Lunatic asylums Madras 1892-1911 - 1892-1911
Year: 1892
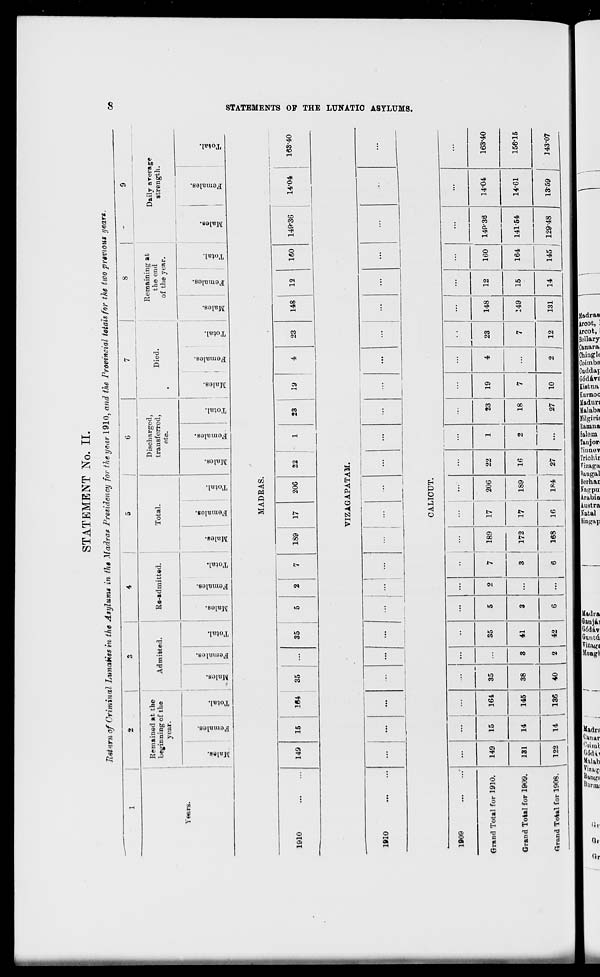
STATEMENT No. II.
Ti«t>irn of Criminal Lunatics in the Asylums in thm Madras Presidency for the year 1910, and the Provincial totals for the two previous years.
1-1
2
3
4
5
i
7
|
8
-
9
Remained at the
Discharged,
Remaining at
Daily areragt
strength.
beginning of the
Admitted.
Re-admitted.
Total.
transferred,
Died.
the end
Years.
year.
etc.
•
of the year.
00
»
OB
M
DO
•
os
IB
e
o
O
O
CD
©
©
O
so
s
DC
"3
DO
a
cS
•
OS
"d
09
"3
•
m
c3
K
c3
"3 -*•
o
CD
53
©
g
o
"^
■g
45
©
0
fe
EH
©
(0
fe
CO
o
En
o
"3 u-l
3
s
©
fe-
es
o
©
■a
S
©
fe
c3
O
o
is
3
©
fe
C3
c
EH
-5
s
MADRAS.
1910
149
15
164
35
35
189
17
20G
22
23
19
23
148
12
160
149*36
14-04
163-40
00
1-3
e
H
GG
o
a
VIZAGAPATAM.
1610
►
(-3
GO
Cl
CD
CALICUT.
1909
'
...
...
...
35
...
••
...
...
••
...
...
...
...
...
...
23
...
...
...
14P-36
141-54
129-48
...
...
Grand Total for 1910.
149
15
164
3
35
5
2
7
189
17
20G
22
1
2
23
19
4
148
12
160
14"04
14-61
163-40
Grand Total for 1909.
131
14
145
38
41
3
...
3
172
17
189
16
18
7
7
149
15
164
156-15
Grand Total for 1908.
122
14
136
40
2
42
6
6
168
16
184
27
...
27
10
2
12
131
14
145
13-59
143-07
= £ ">■ t» fx £. 5 J"
££ —3 ff> G? c * a 0?
e> 5' 5 °N £ «•
B 3 = (*< B OJ
JOS<^-I».&5tDX<
0 «•
JS fj P
E 3 J i
^sa^&^fciP^p^c^c^cna era c^» «j ^- p- £SE
j2 _. jo g^gs pj JJ- £■
P
Qj P- M* K' S3 S 5
■ I B-1« s B q
CB »r! CO ' r "
_ O H
9